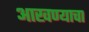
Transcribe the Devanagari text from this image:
आखण्याचा